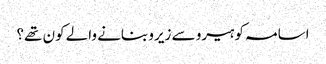
اسامہ کو ہیرو سے زیرو بنانے والے کون تھے؟